Report of the Indian Hemp Drugs Commission, 1894-1895 - Volume II
Year: 1894
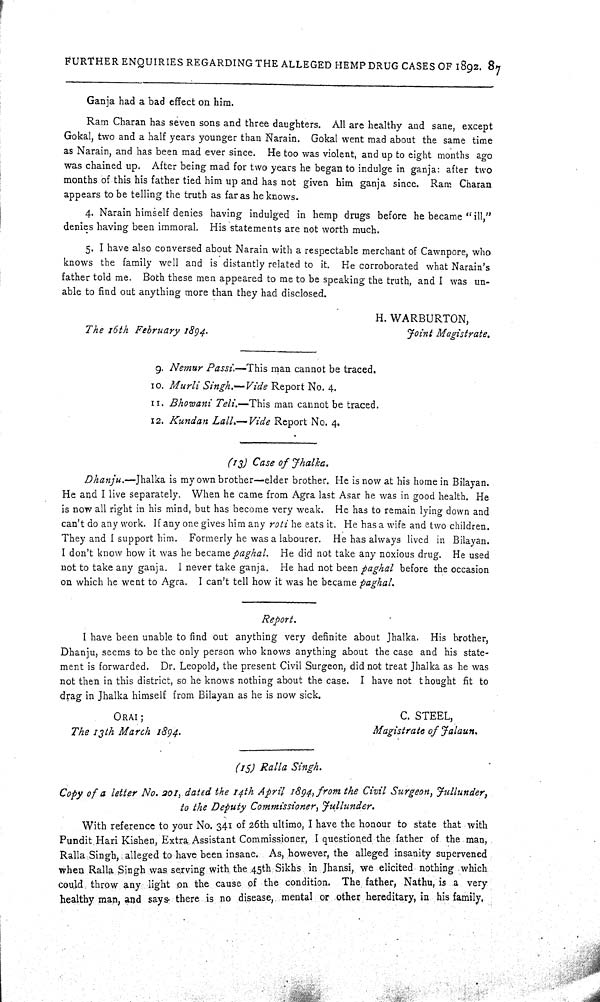
FURTHER ENQUIRIES REGARDING THE ALLEGED HEMP DRUG CASES OF 1892. 87
Ganja had a bad effect on him.
Ram Charan has seven sons and three daughters. All are healthy and sane, except
Gokal, two and a half years younger than Narain. Gokal went mad about the same time
as Narain, and has been mad ever since. He too was violent, and up to eight months ago
was chained up. After being mad for two years he began to indulge in ganja: after two
months of this his father tied him up and has not given him ganja since. Ram Charan
appears to be telling the truth as far as he knows.
4. Narain himself denies having indulged in hemp drugs before he became "ill,"
denies having been immoral. His statements are not worth much.
5. I have also conversed about Narain with a respectable merchant of Cawnpore, who
knows the family well and is distantly related to it. He corroborated what Narain's
father told me. Both these men appeared to me to be speaking the truth, and I was un-
able to find out anything more than they had disclosed.
H. WARBURTON,
The 16th February 1894.
Joint Magistrate.
9. Nemur Passi.—This man cannot be traced.
10. Murli Singh.—Vide Report No. 4.
11. Bhowani Teli.—This man cannot be traced.
12. Kundan Lall.—Vide Report No. 4.
(13) Case of Jhalka.
Dhanju.—Jhalka is my own brother—elder brother. He is now at his home in Bilayan.
He and I live separately. When he came from Agra last Asar he was in good health. He
is now all right in his mind, but has become very weak. He has to remain lying down and
can't do any work. If any one gives him any roti he eats it. He has a wife and two children.
They and I support him. Formerly he was a labourer. He has always lived in Bilayan.
I don't know how it was he became paghal. He did not take any noxious drug. He used
not to take any ganja. I never take ganja. He had not been paghal before the occasion
on which he went to Agra. I can't tell how it was he became paghal.
Report.
I have been unable to find out anything very definite about Jhalka. His brother,
Dhanju, seems to be the only person who knows anything about the case and his state-
ment is forwarded. Dr. Leopold, the present Civil Surgeon, did not treat Jhalka as he was
not then in this district, so he knows nothing about the case. I have not thought fit to
drag in Jhalka himself from Bilayan as he is now sick.
ORAI;
C. STEEL,
The 13th March 1894.
Magistrate of Jalaun.
(15) Ralla Singh.
Copy of a letter No. 201, dated the 14th April 1894, from the Civil Surgeon, Jullunder,
to the Deputy Commissioner, Jullunder.
With reference to your No. 341 of 26th ultimo, I have the honour to state that with
Pundit Hari Kishen, Extra Assistant Commissioner, I questioned the father of the man,
Ralla Singh, alleged to have been insane. As, however, the alleged insanity supervened
when Ralla Singh was serving with the 45th Sikhs in Jhansi, we elicited nothing which
could throw any light on the cause of the condition. The father, Nathu, is a very
healthy man, and says there is no disease, mental or other hereditary, in his family,